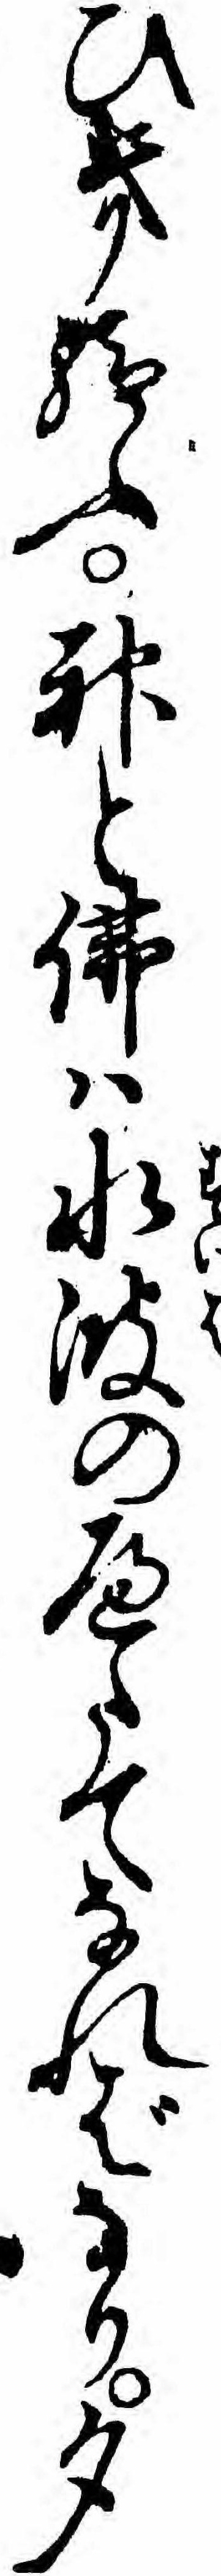
ひき給ふ神と仏ハ水波のへたてなればなり夕